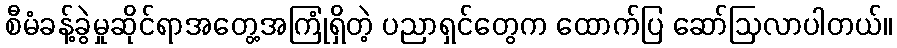
စီမံခန့်ခွဲမှုဆိုင်ရာအတွေ့အကြုံရှိတဲ့ ပညာရှင်တွေက ထောက်ပြ ဆော်ဩလာပါတယ်။